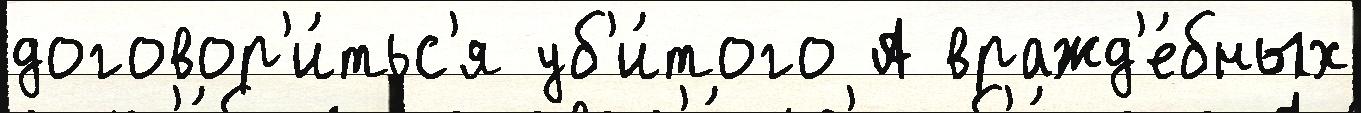
договор'и́тьс'я уб'и́того А вражд'е́бных